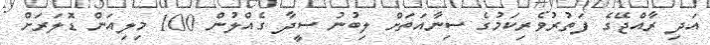
އަދި ރާއްޖޭގެ ފަތުރުވެރިކަމުގެ ސިނާއަތަށް ލިބުނު ސީދާ ގެއްލުން 100 މިލިއަން ޑޮލަރަށް